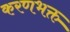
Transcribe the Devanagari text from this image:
करणभक्त